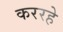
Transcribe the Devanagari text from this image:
कररहे